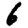
Digit: 6